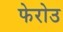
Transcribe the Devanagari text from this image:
फेरोउ